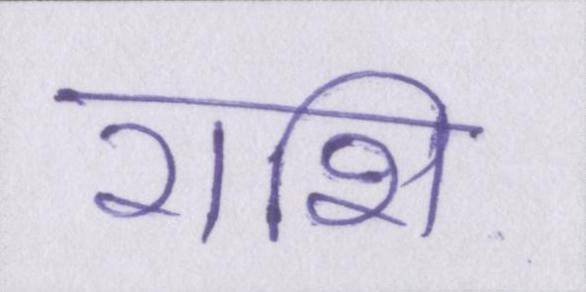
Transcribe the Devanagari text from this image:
राशि